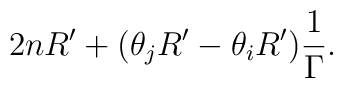
2 n R' + (\theta_j R' - \theta_i R') \frac {1}{\Gamma}.